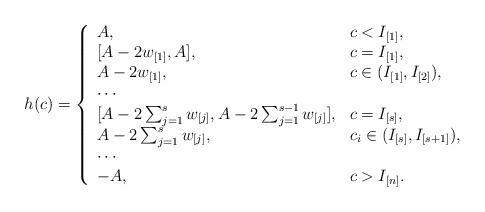
LaTeX: \begin{align*}h(c) = \left\{\begin{array}{ll}A, & c< I_{[1]},\\{[A-2{w}_{[1]},A]}, & c = I_{[1]},\\A-2{w}_{[1]}, & c\in (I_{[1]},I_{[2]}) ,\\\cdots&\\{[A-2\sum_{j=1}^s{w}_{[j]},A-2\sum_{j=1}^{s-1}{w}_{[j]}]}, & c = I_{[s]},\\A-2\sum_{j=1}^s{w}_{[j]}, & c_i\in (I_{[s]},I_{[s+1]}) ,\\\cdots &\\-A, & c>I_{[n]}.\\\end{array}\right.\end{align*}